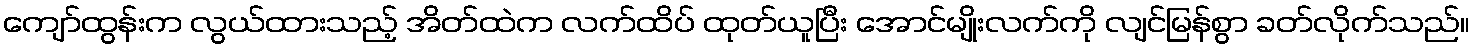
ကျော်ထွန်းက လွယ်ထားသည့် အိတ်ထဲက လက်ထိပ် ထုတ်ယူပြီး အောင်မျိုးလက်ကို လျင်မြန်စွာ ခတ်လိုက်သည်။